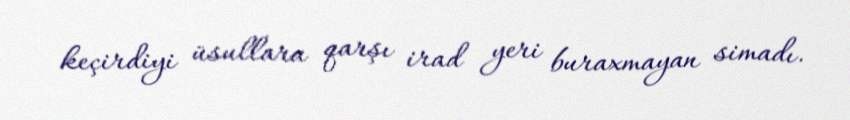
keçirdiyi üsullara qarşı irad yeri buraxmayan simadı.